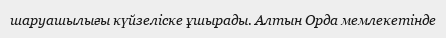
шаруашылығы күйзеліске ұшырады. Алтын Орда мемлекетінде